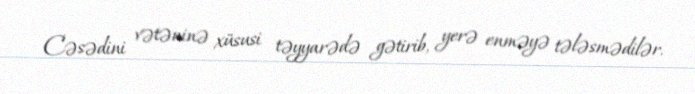
Cəsədini vətəninə xüsusi təyyarədə gətirib, yerə enməyə tələsmədilər.